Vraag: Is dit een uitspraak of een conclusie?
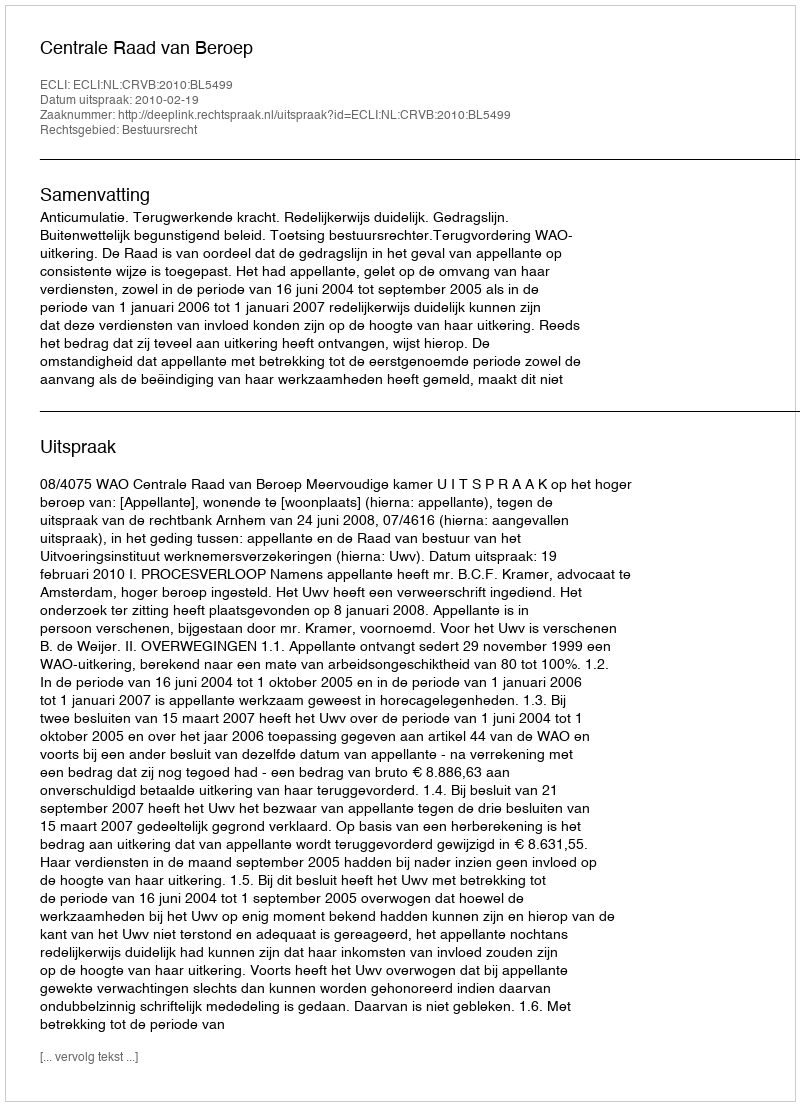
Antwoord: Uitspraak